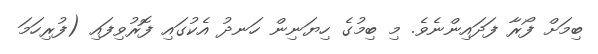
ބިމަށް ފޯރާ ފަދައިންނެވެ. މި ބިމުގެ ހިޔަނިން ހަނދު އެކުގައި ފޮރުވިފައި (ފުރިހަމަ